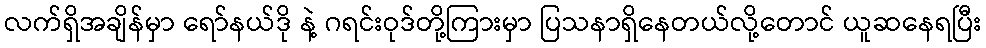
လက်ရှိအချိန်မှာ ရော်နယ်ဒို နဲ့ ဂရင်းဝုဒ်တို့ကြားမှာ ပြသနာရှိနေတယ်လို့တောင် ယူဆနေရပြီး